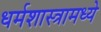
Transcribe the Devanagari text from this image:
धर्मशास्त्रामध्ये